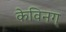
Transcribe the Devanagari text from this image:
केविनग्